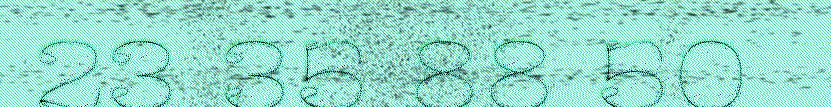
23 35 88 50